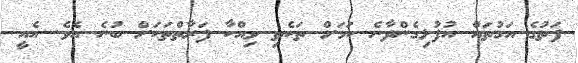
ފަތުގެ އަގުތައް އުފުލިގެންދާނެ ކަމަށް ތަކެތި ވިއްކާ ފަރާތްތަކަށް ބުނެ އެވެ. އެއީ